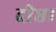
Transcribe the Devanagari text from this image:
दीप्त।